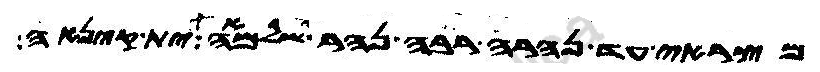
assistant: מצראי עד נהרה רבה נהר שלמאה ית קינאה